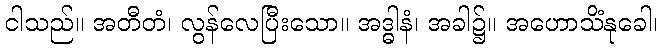
ငါသည်။ အတီတံ၊ လွန်လေပြီးသော။ အဒ္ဓါနံ၊ အခါ၌။ အဟောသိံနုခေါ၊